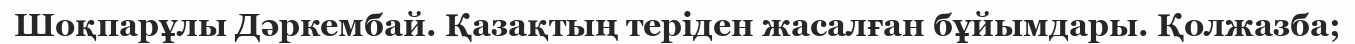
Шоқпарұлы Дәркембай. Қазақтың теріден жасалған бұйымдары. Қолжазба;